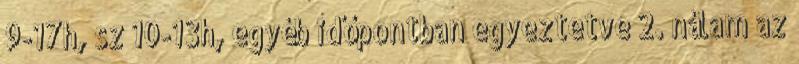
9-17h, sz 10-13h, egyéb időpontban egyeztetve 2. nálam az